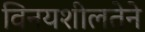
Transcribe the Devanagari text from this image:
विनयशीलतेने